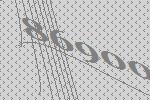
86900